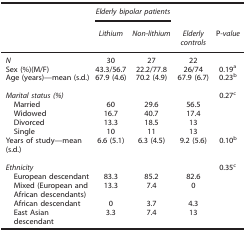
<table><thead><tr><td><b> </b></td><td colspan="2"><b><i>Elderly bipolar patients</i></b></td><td><b> </b></td><td><b> </b></td></tr><tr><td><b> </b></td><td><b><i>Lithium</i></b></td><td><b><i>Non-lithium</i></b></td><td><b><i>Elderly controls</i></b></td><td><b>P<i>-value</i></b></td></tr></thead><tbody><tr><td><i>N</i></td><td>30</td><td>27</td><td>22</td><td> </td></tr><tr><td>Sex (%)(M/F)</td><td>43.3/56.7</td><td>22.2/77.8</td><td>26/74</td><td>0.19a</td></tr><tr><td>Age (years)—mean (s.d.)</td><td>67.9 (4.6)</td><td>70.2 (4.9)</td><td>67.9 (6.7)</td><td>0.23b</td></tr><tr><td> </td><td> </td><td> </td><td> </td><td> </td></tr><tr><td><i>Marital status (%)</i></td><td> </td><td> </td><td> </td><td>0.27c</td></tr><tr><td> Married</td><td>60</td><td>29.6</td><td>56.5</td><td> </td></tr><tr><td> Widowed</td><td>16.7</td><td>40.7</td><td>17.4</td><td> </td></tr><tr><td> Divorced</td><td>13.3</td><td>18.5</td><td>13</td><td> </td></tr><tr><td> Single</td><td>10</td><td>11</td><td>13</td><td> </td></tr><tr><td>Years of study—mean (s.d.)</td><td>6.6 (5.1)</td><td>6.3 (4.5)</td><td>9.2 (5.6)</td><td>0.10b</td></tr><tr><td> </td><td> </td><td> </td><td> </td><td> </td></tr><tr><td><i>Ethnicity</i></td><td> </td><td> </td><td> </td><td>0.35c</td></tr><tr><td> European descendant</td><td>83.3</td><td>85.2</td><td>82.6</td><td> </td></tr><tr><td> Mixed (European and African descendants)</td><td>13.3</td><td>7.4</td><td>0</td><td> </td></tr><tr><td> African descendant</td><td>0</td><td>3.7</td><td>4.3</td><td> </td></tr><tr><td> East Asian descendant</td><td>3.3</td><td>7.4</td><td>13</td><td> </td></tr></tbody></table>